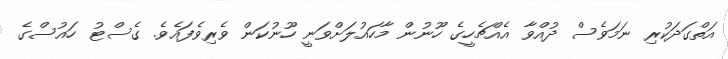
އަތްގަދަކުރި ނަމަވެސް ދުއްވާ އެއްޗެހީގެ ހޫނުން މާހައުލަށްވަނީ ހޫނުކަން ވެރިވެފައެވެ. ގެސްޓު ހައުސްގެ